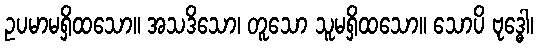
ဥပမာမရှိထသော။ အသဒိသော၊ တူသော သူမရှိထသော။ သောပိ ဗုဒ္ဓေါ၊